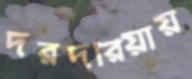
দরদরিয়ায়